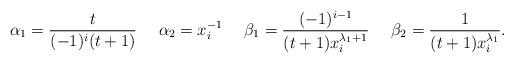
LaTeX: \begin{align*}\alpha_1&= \frac{t}{(-1)^i (t+1)}&&\alpha_2= x_i^{-1}&&\beta_1 = \frac{(-1)^{i-1}}{(t+1)x_i^{\lambda_1+1}} && \beta_2 = \frac{1}{(t+1)x_i^{\lambda_1}}.\end{align*}